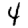
Digit: 4